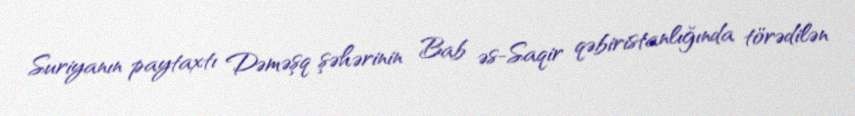
Suriyanın paytaxtı Dəməşq şəhərinin Bab əs-Saqir qəbiristanlığında törədilən